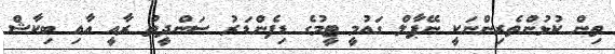
ތިން ކުޅުންތެރިންނަކީ ނޭޕާލް ގައުމީ ޓީމުގެ ޑިފެންޑަރު ސަންދީތު ރާއީ އާއި ބިކާޝް